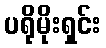
ပရိုမိုးရှင်း